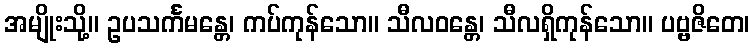
အမျိုးသို့။ ဥပသင်္ကမန္တေ၊ ကပ်ကုန်သော။ သီလဝန္တေ၊ သီလရှိကုန်သော။ ပဗ္ဗဇိတေ၊